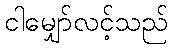
ငါမျှော်လင့်သည်